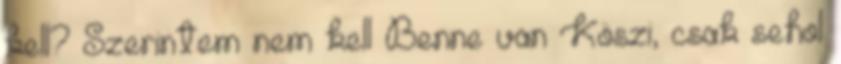
kell? Szerintem nem kell Benne van Köszi, csak sehol